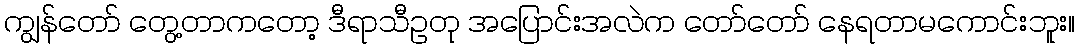
ကျွန်တော် တွေ့တာကတော့ ဒီရာသီဥတု အပြောင်းအလဲက တော်တော် နေရတာမကောင်းဘူး။